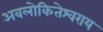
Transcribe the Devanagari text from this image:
अवलोकितेश्वराय